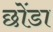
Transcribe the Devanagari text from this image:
छोंडा